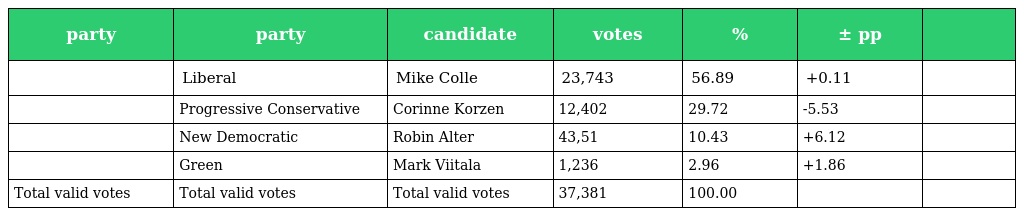
| party | party | candidate | votes | % | ± pp |  |
 | --- | --- | --- | --- | --- | --- | --- |
 |  | Liberal | Mike Colle | 23,743 | 56.89 | +0.11 |  |
 |  | Progressive Conservative | Corinne Korzen | 12,402 | 29.72 | -5.53 |  |
 |  | New Democratic | Robin Alter | 43,51 | 10.43 | +6.12 |  |
 |  | Green | Mark Viitala | 1,236 | 2.96 | +1.86 |  |
 | Total valid votes | Total valid votes | Total valid votes | 37,381 | 100.00 |  |  |